Vaccination in Bombay 1924-1928 - 1924-1928
Year: 1924
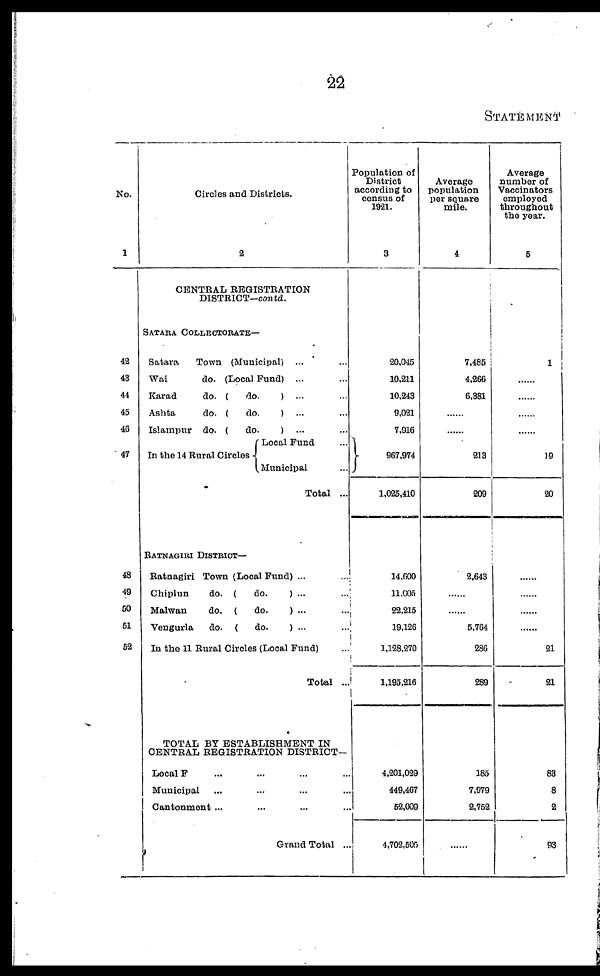
22
STATEMENT
No.
1
42
48
44
45
46
47
48
49
50
51
52
Circles and Districts.
2
CENTRAL REGISTRATION
DISTRICT—contd.
SATARA COLLECTORATE—
Satara
Town (Municipal) ... ...
Wai
do. (Local Fund) ... ...
Karad
do. (
do.
) ... ...
Ashta
do. (
do.
) ... ...
Islampur do. (
do)
... ...
In the 14 Rural Circles
Local Fund ...
Municipal ...
Total ...
RATNAGIRI DISTRICT—
Ratnagiri Town (Local Fund) ... ...
Chiplun
do. (
do.
) ... ...
Malwan
do. (
do.
) ... ...
Vengurla
do. (
do.
) ... ...
In the 11 Rural Circles (Local Fund) ...
Total ...
TOTAL BY ESTABLISHMENT IN
CENTRAL REGISTRATION DISTRICT—
Local F ... ... ... ...
Municipal ... ... ... ...
Cantonment ... ... ... ...
Grand Total ...
Population of
District
according to
census of
1921.
3
20,045
10,211
10,243
9,021
7,916
967,974
1,025,410
14,600
11,005
22,215
19,126
1,128,270
1,195,216
4,201,029
449,467
52,009
4,702,505
Average
population
per square
mile.
4
7,485
4,266
6,381
......
......
213
209
2,643
......
......
5,764
286
289
185
7,979
2,752
......
Average
number of
Vaccinators
employed
throughout
the year.
5
1
......
......
......
......
19
20
......
......
......
......
21
21
83
8
2
93